Annual report of the Camel Specialist
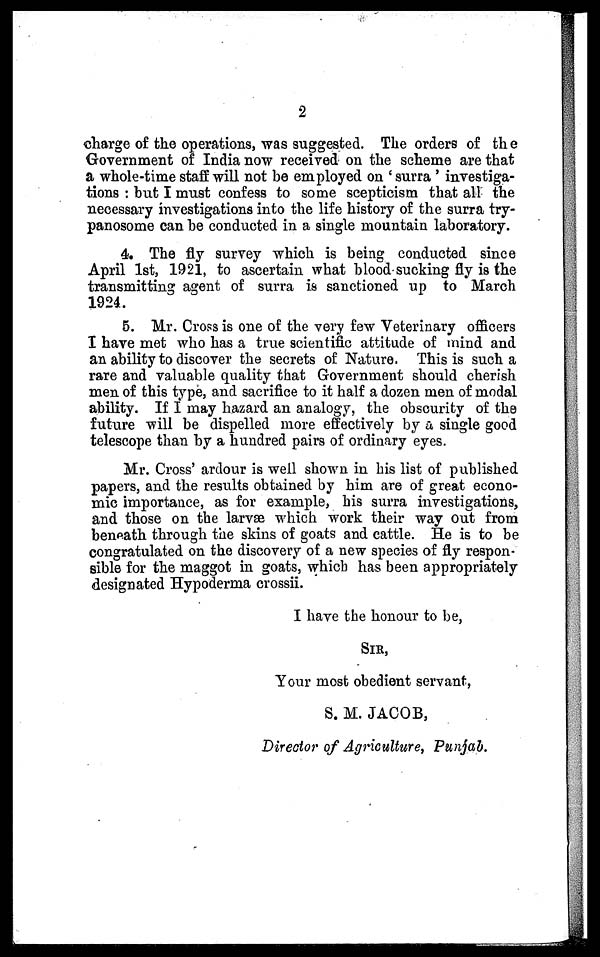
2
charge of the operations, was suggested. The orders of the
Government of India now received on the scheme are that
a whole-time staff will not be employed on 'surra' investiga-
tions : but I must confess to some scepticism that all the
necessary investigations into the life history of the surra try-
panosome can be conducted in a single mountain laboratory.
4. The fly survey which is being conducted since
April 1st, 1921, to ascertain what blood sucking fly is the
transmitting agent of surra is sanctioned up to March
1924.
5. Mr. Cross is one of the very few Veterinary officers
I have met who has a true scientific attitude of mind and
an ability to discover the secrets of Nature. This is such a
rare and valuable quality that Government should cherish
men of this type, and sacrifice to it half a dozen men of modal
ability. If I may hazard an analogy, the obscurity of the
future will be dispelled more effectively by a single good
telescope than by a hundred pairs of ordinary eyes.
Mr. Cross' ardour is well shown in his list of published
papers, and the results obtained by him are of great econo-
mic importance, as for example, his surra investigations,
and those on the larvæ which work their way out from
beneath through the skins of goats and cattle. He is to be
congratulated on the discovery of a new species of fly respon-
sible for the maggot in goats, which has been appropriately
designated Hypoderma crossii.
I have the honour to be,
SIR,
Your most obedient servant,
S. M. JACOB,
Director of Agriculture, Punjab.